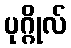
ပုဂ္ဂိုလ်